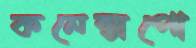
কনেক্সপো